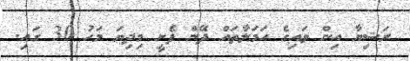
ރަޝިޔާ އިން ވައިގެ ހަމަލާތައް ދޭން ފެށީ މިދިިޔަ މަހު 30 ގައި.